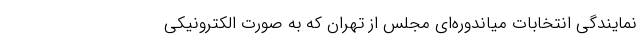
نمایندگی انتخابات میاندوره‌ای مجلس از تهران که به صورت الکترونیکی